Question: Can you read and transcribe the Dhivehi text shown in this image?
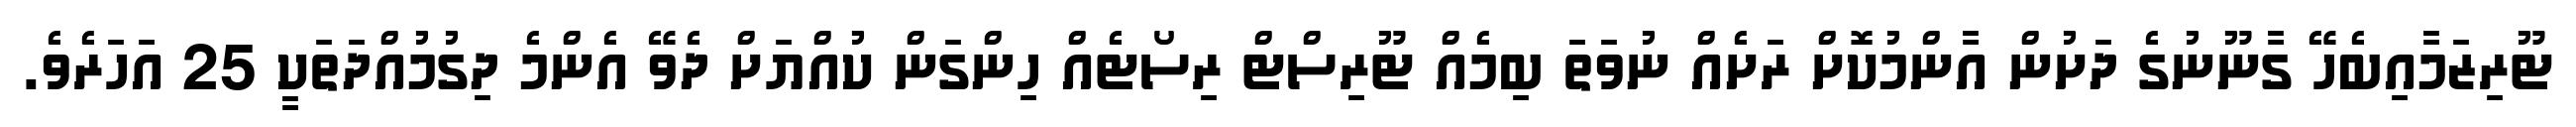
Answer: ޓޫރިޒަމާއިބެހޭ ގާނޫނުގެ ދަށުން އާންމުކޮށް ރަށެއް ނުވަތަ ބިމެއް ޓޫރިސްޓް ރިސޯޓެއް ހިންގަން ކުއްޔަށް ދެވޭ އެންމެ ދިގުމުއްދަތަކީ 25 އަހަރެވެ.